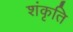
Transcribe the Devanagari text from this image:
शंकृति